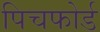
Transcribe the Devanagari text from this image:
पिचफोर्ड